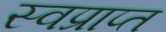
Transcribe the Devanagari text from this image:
स्वप्राप्त